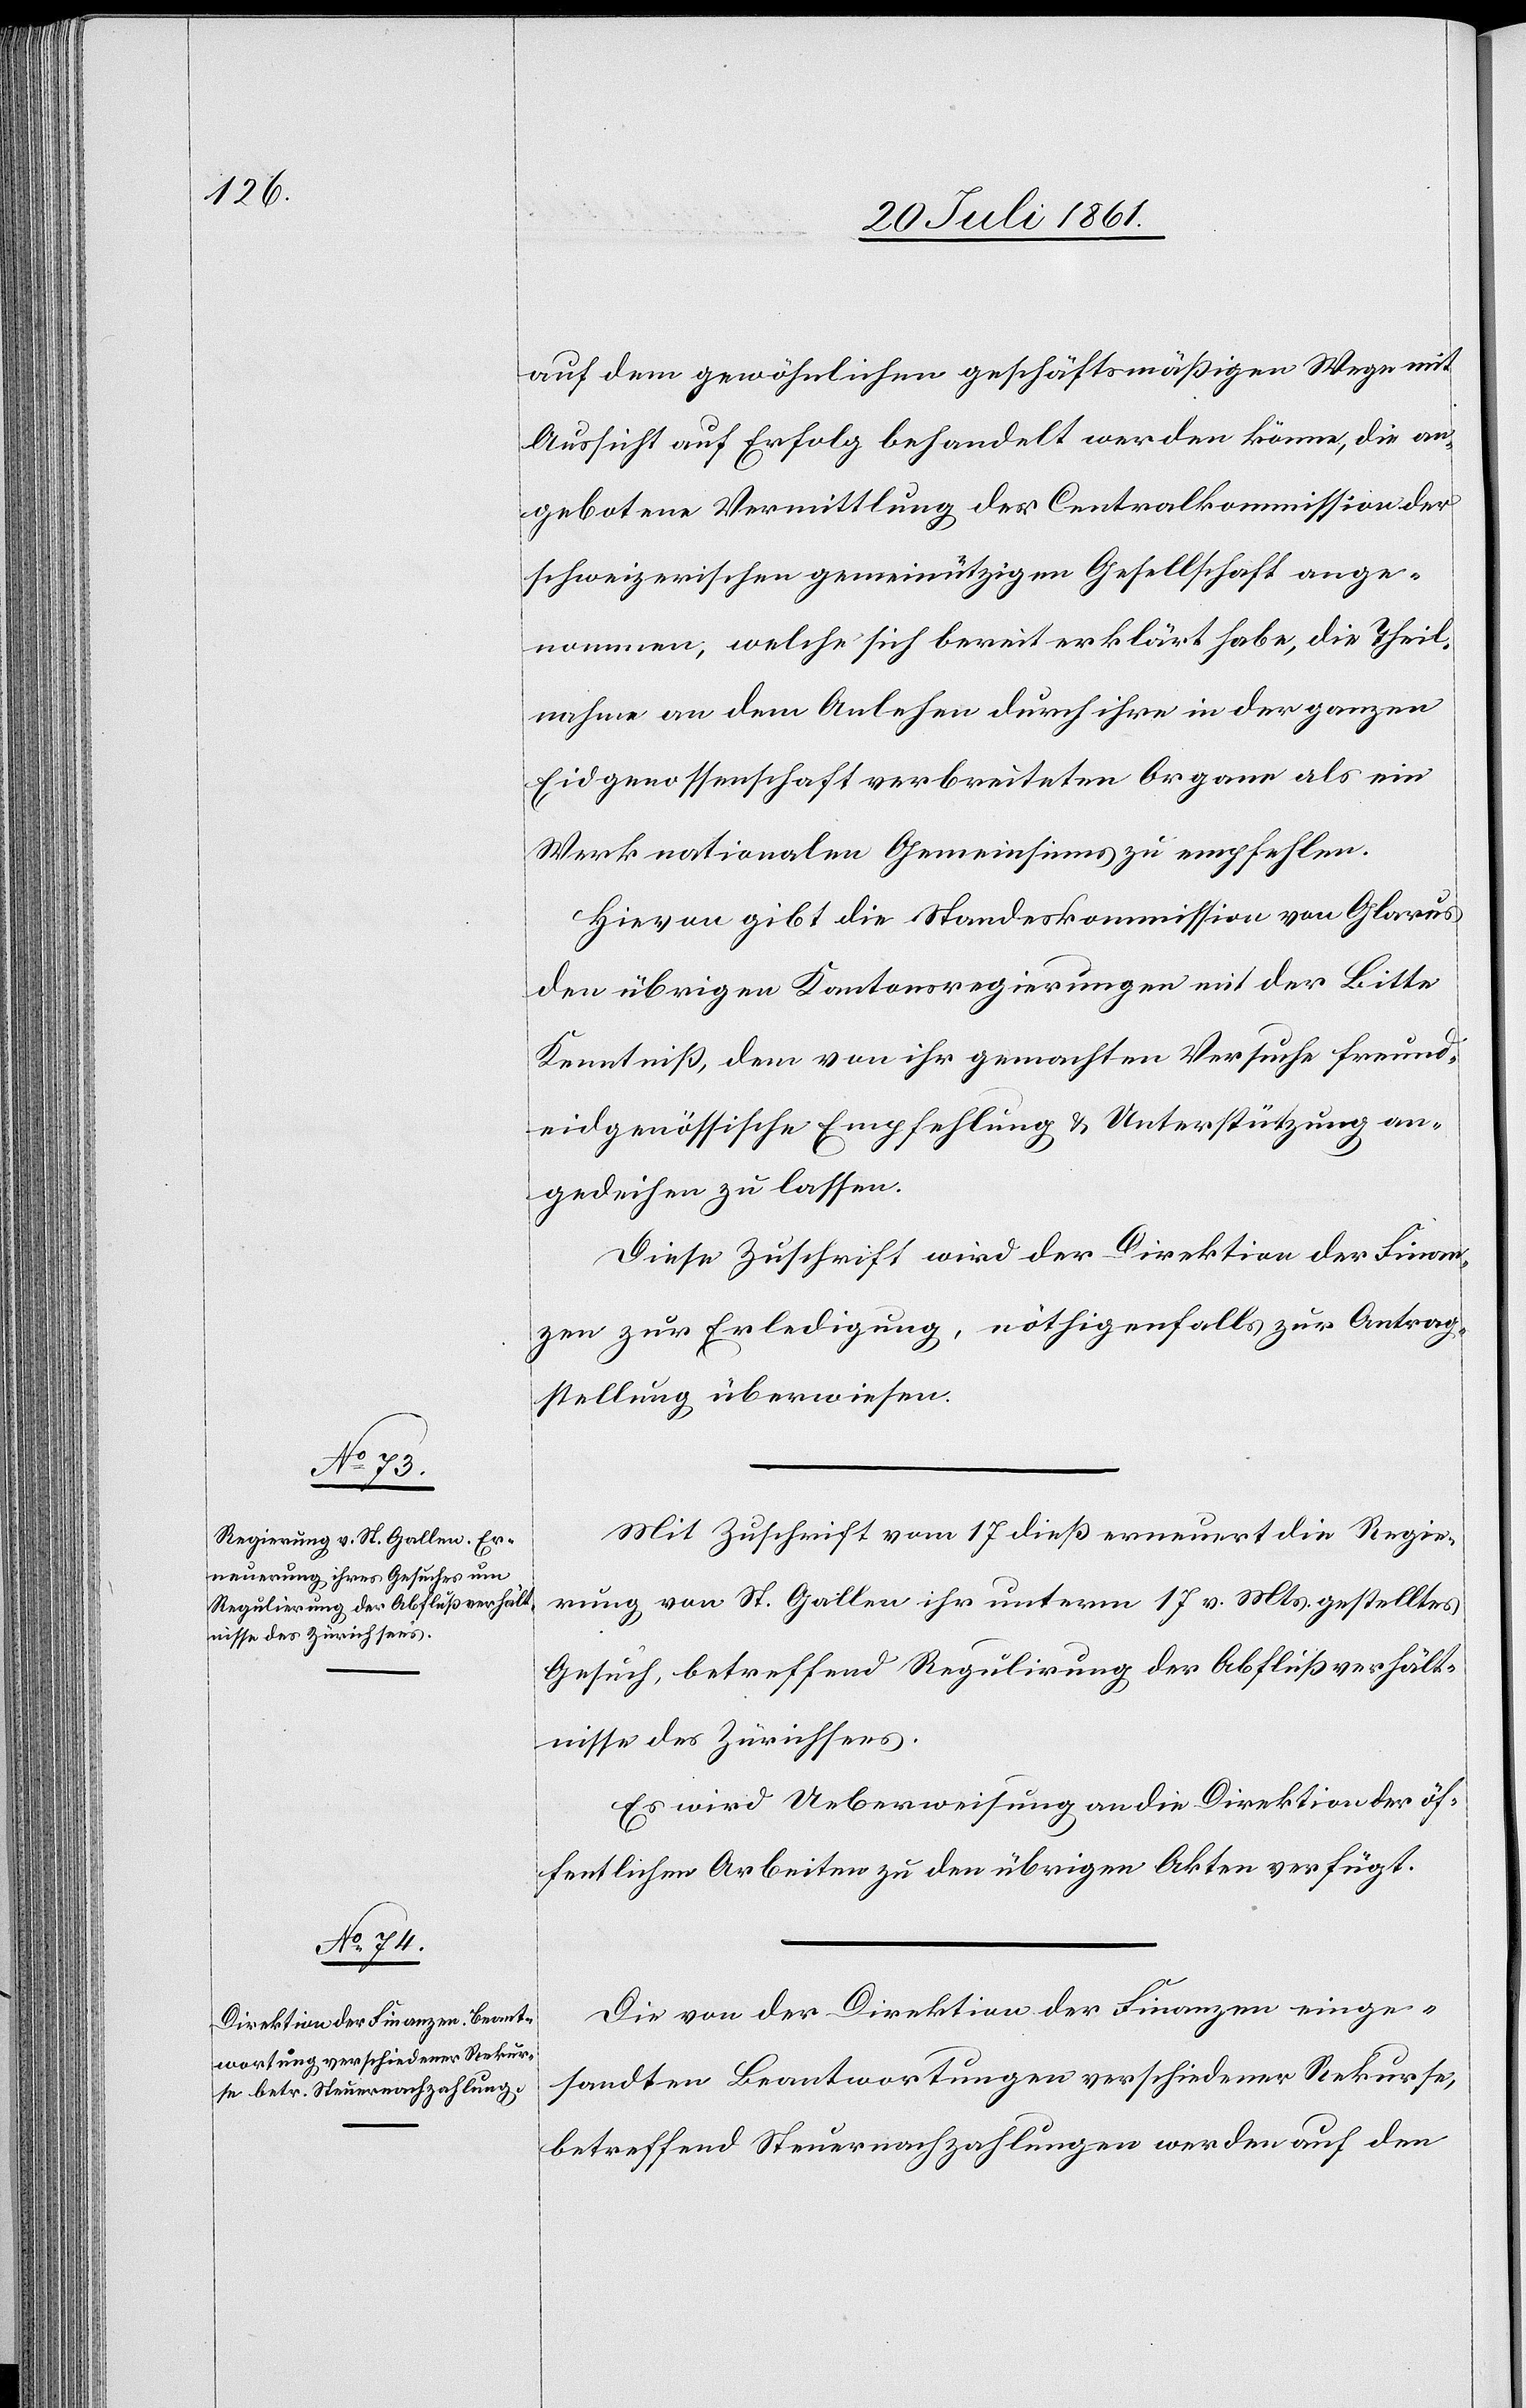
nisse des Zürichsees.

auf dem gewöhnlichen geschäftsmäßigen Wege mit
Aussicht auf Erfolg behandelt werden könne, die an¬
gebotene Vermittlung der Centralkommission der
schweizerischen gemeinnützigen Gesellschaft ange¬
nommen, welche sich bereit erklärt habe, die Theil¬
nahme an dem Anlehen durch ihre in der ganzen
Eidgenossenschaft verbreiteten Organe als ein
Werk nationalen Gemeinsinnes zu empfehlen.
Hievon gibt die Standeskommission von Glarus
den übrigen Kantonsregierungen mit der Bitte
Kenntniß, dem von ihr gemachten Versuche freund¬
eidgenössische Empfehlung u. Unterstützung an¬
gedeihen zu lassen.
Diese Zuschrift wird der Direktion der Finan¬
zen, zur Erledigung, nöthigenfalls zur Antrag¬
stellung überwiesen.
Mit Zuschrift vom 17 dieß erneuert die Regie¬
rung von St. Gallen ihr unterm 17 v. Mts. gestelltes
Gesuch, betreffend Regulirung der Abflussverhält¬
Es wird Ueberweisung an die Direktion der öf¬
fentlichen Arbeiten zu den übrigen Akten verfügt.
Die von der Direktion der Finanzen einge¬
sandten Beantwortungen verschiedener Rekurse,
betreffend Steuernachzahlungen werden auf den